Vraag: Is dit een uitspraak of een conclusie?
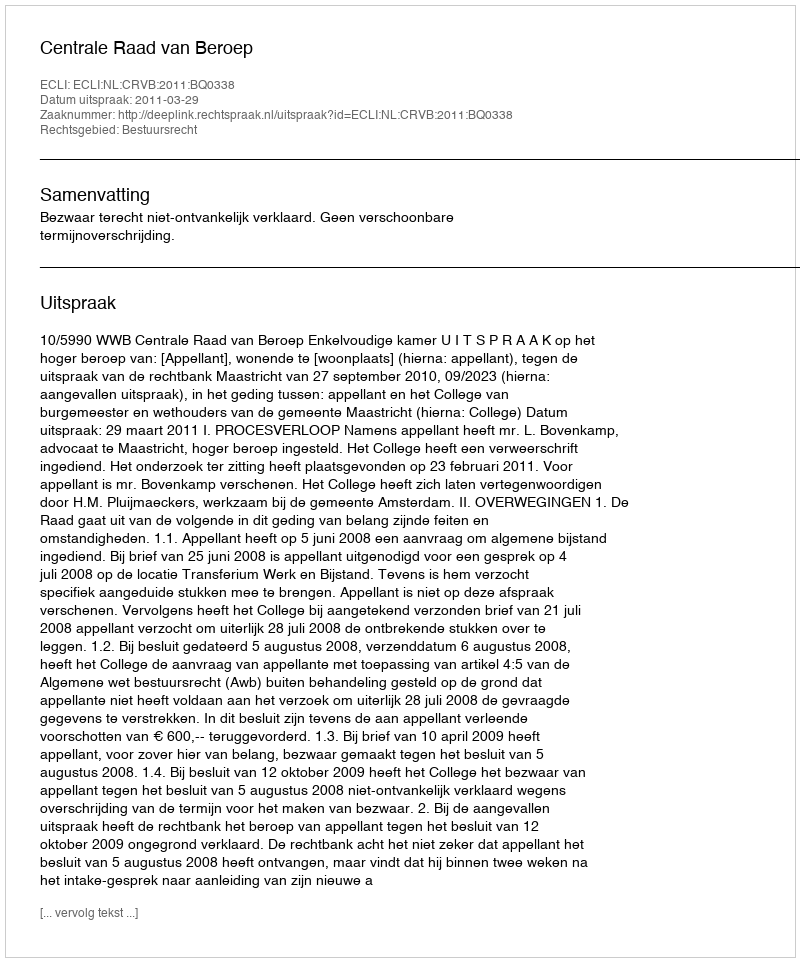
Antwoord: Uitspraak